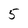
Character: 5